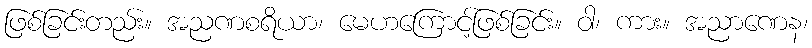
ဖြစ်ခြင်းတည်း။ အညဏစရိယာ၊ မေဟကြောင့်ဖြစ်ခြင်း။ ဝါ၊ ကား။ အညာဏေန၊